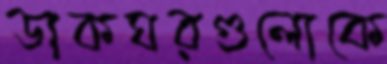
ডাকঘরগুলোকে